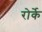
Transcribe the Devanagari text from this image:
रोर्के